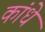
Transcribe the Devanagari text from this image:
कांधे